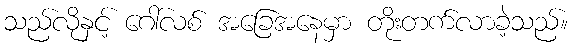
သည်လိုနှင့် ဂေါ်လစ် အခြေအနေမှာ တိုးတက်လာခဲ့သည်။